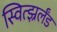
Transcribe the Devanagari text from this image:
स्वित्झ्रर्लँड